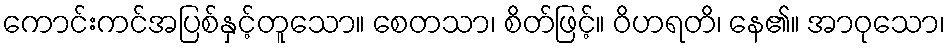
ကောင်းကင်အပြစ်နှင့်တူသော။ စေတသာ၊ စိတ်ဖြင့်။ ဝိဟရတိ၊ နေ၏။ အာဝုသော၊